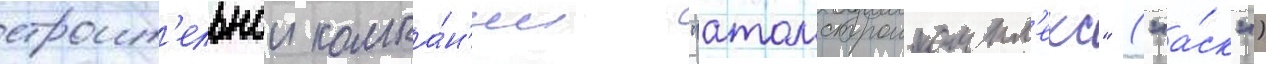
строит'ельнои компа́н'ии "атомстроикомпл'екс" ("а́ск")